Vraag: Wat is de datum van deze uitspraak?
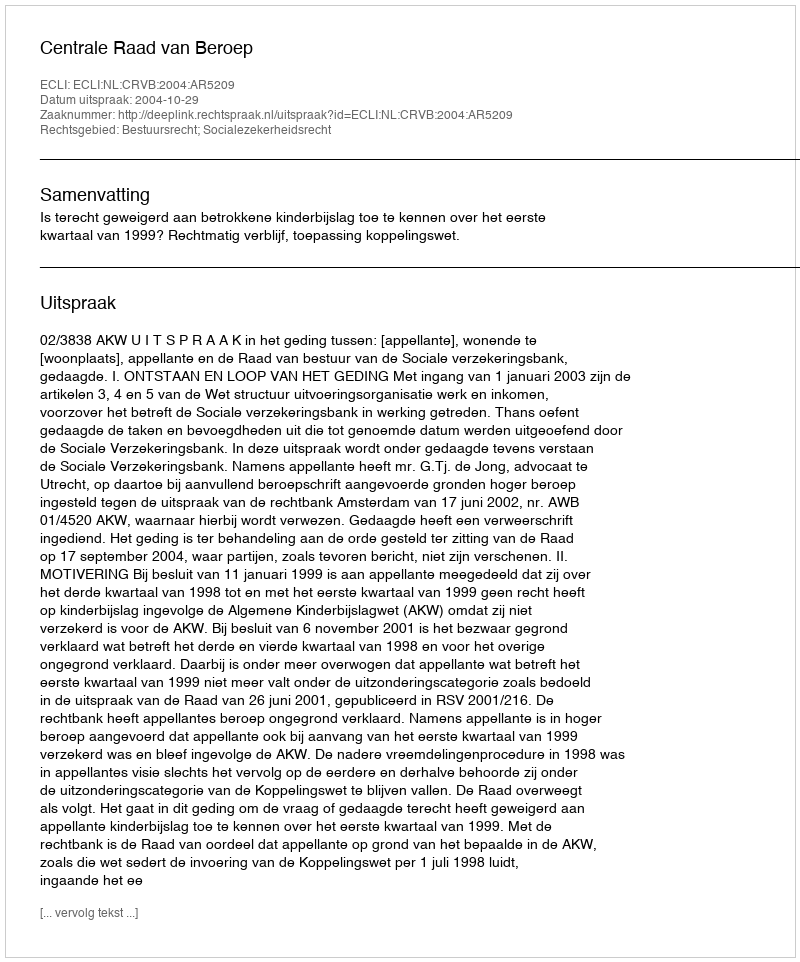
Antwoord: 2004-10-29